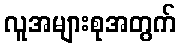
လူအများစုအတွက်